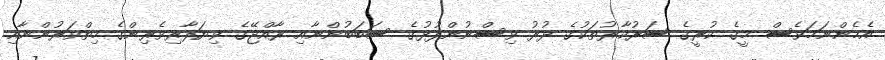
އެހެންނަމަވެސް މީގެ ކުރީގެ ސަރުކާރުތަކުގެ ދުރު ވިސްނުންފުޅުގެ ސަބަބުންނާއި ރާއްޖޭގެ ވިޔަފާރިވެރިންގެ ހިތްވަރުންނާއި